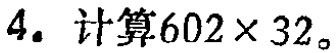
$4. 计算602\times 32。$